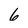
Character: 6